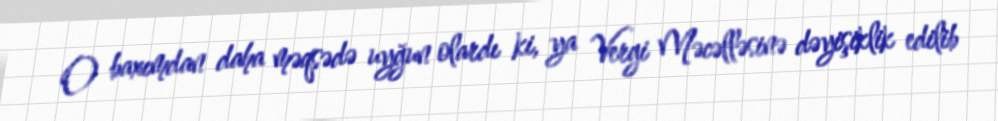
O baxımdan daha məqsədə uyğun olardı ki, ya Vergi Məcəlləsinə dəyişiklik edilib